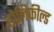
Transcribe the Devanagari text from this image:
होलिफील्ड